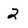
Character: 2